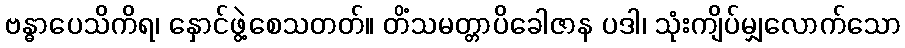
ဗန္ဓာပေသိကိရ၊ နှောင်ဖွဲ့စေသတတ်။ တိံသမတ္တာပိခေါဇာန ပဒါ၊ သုံးကျိပ်မျှလောက်သော